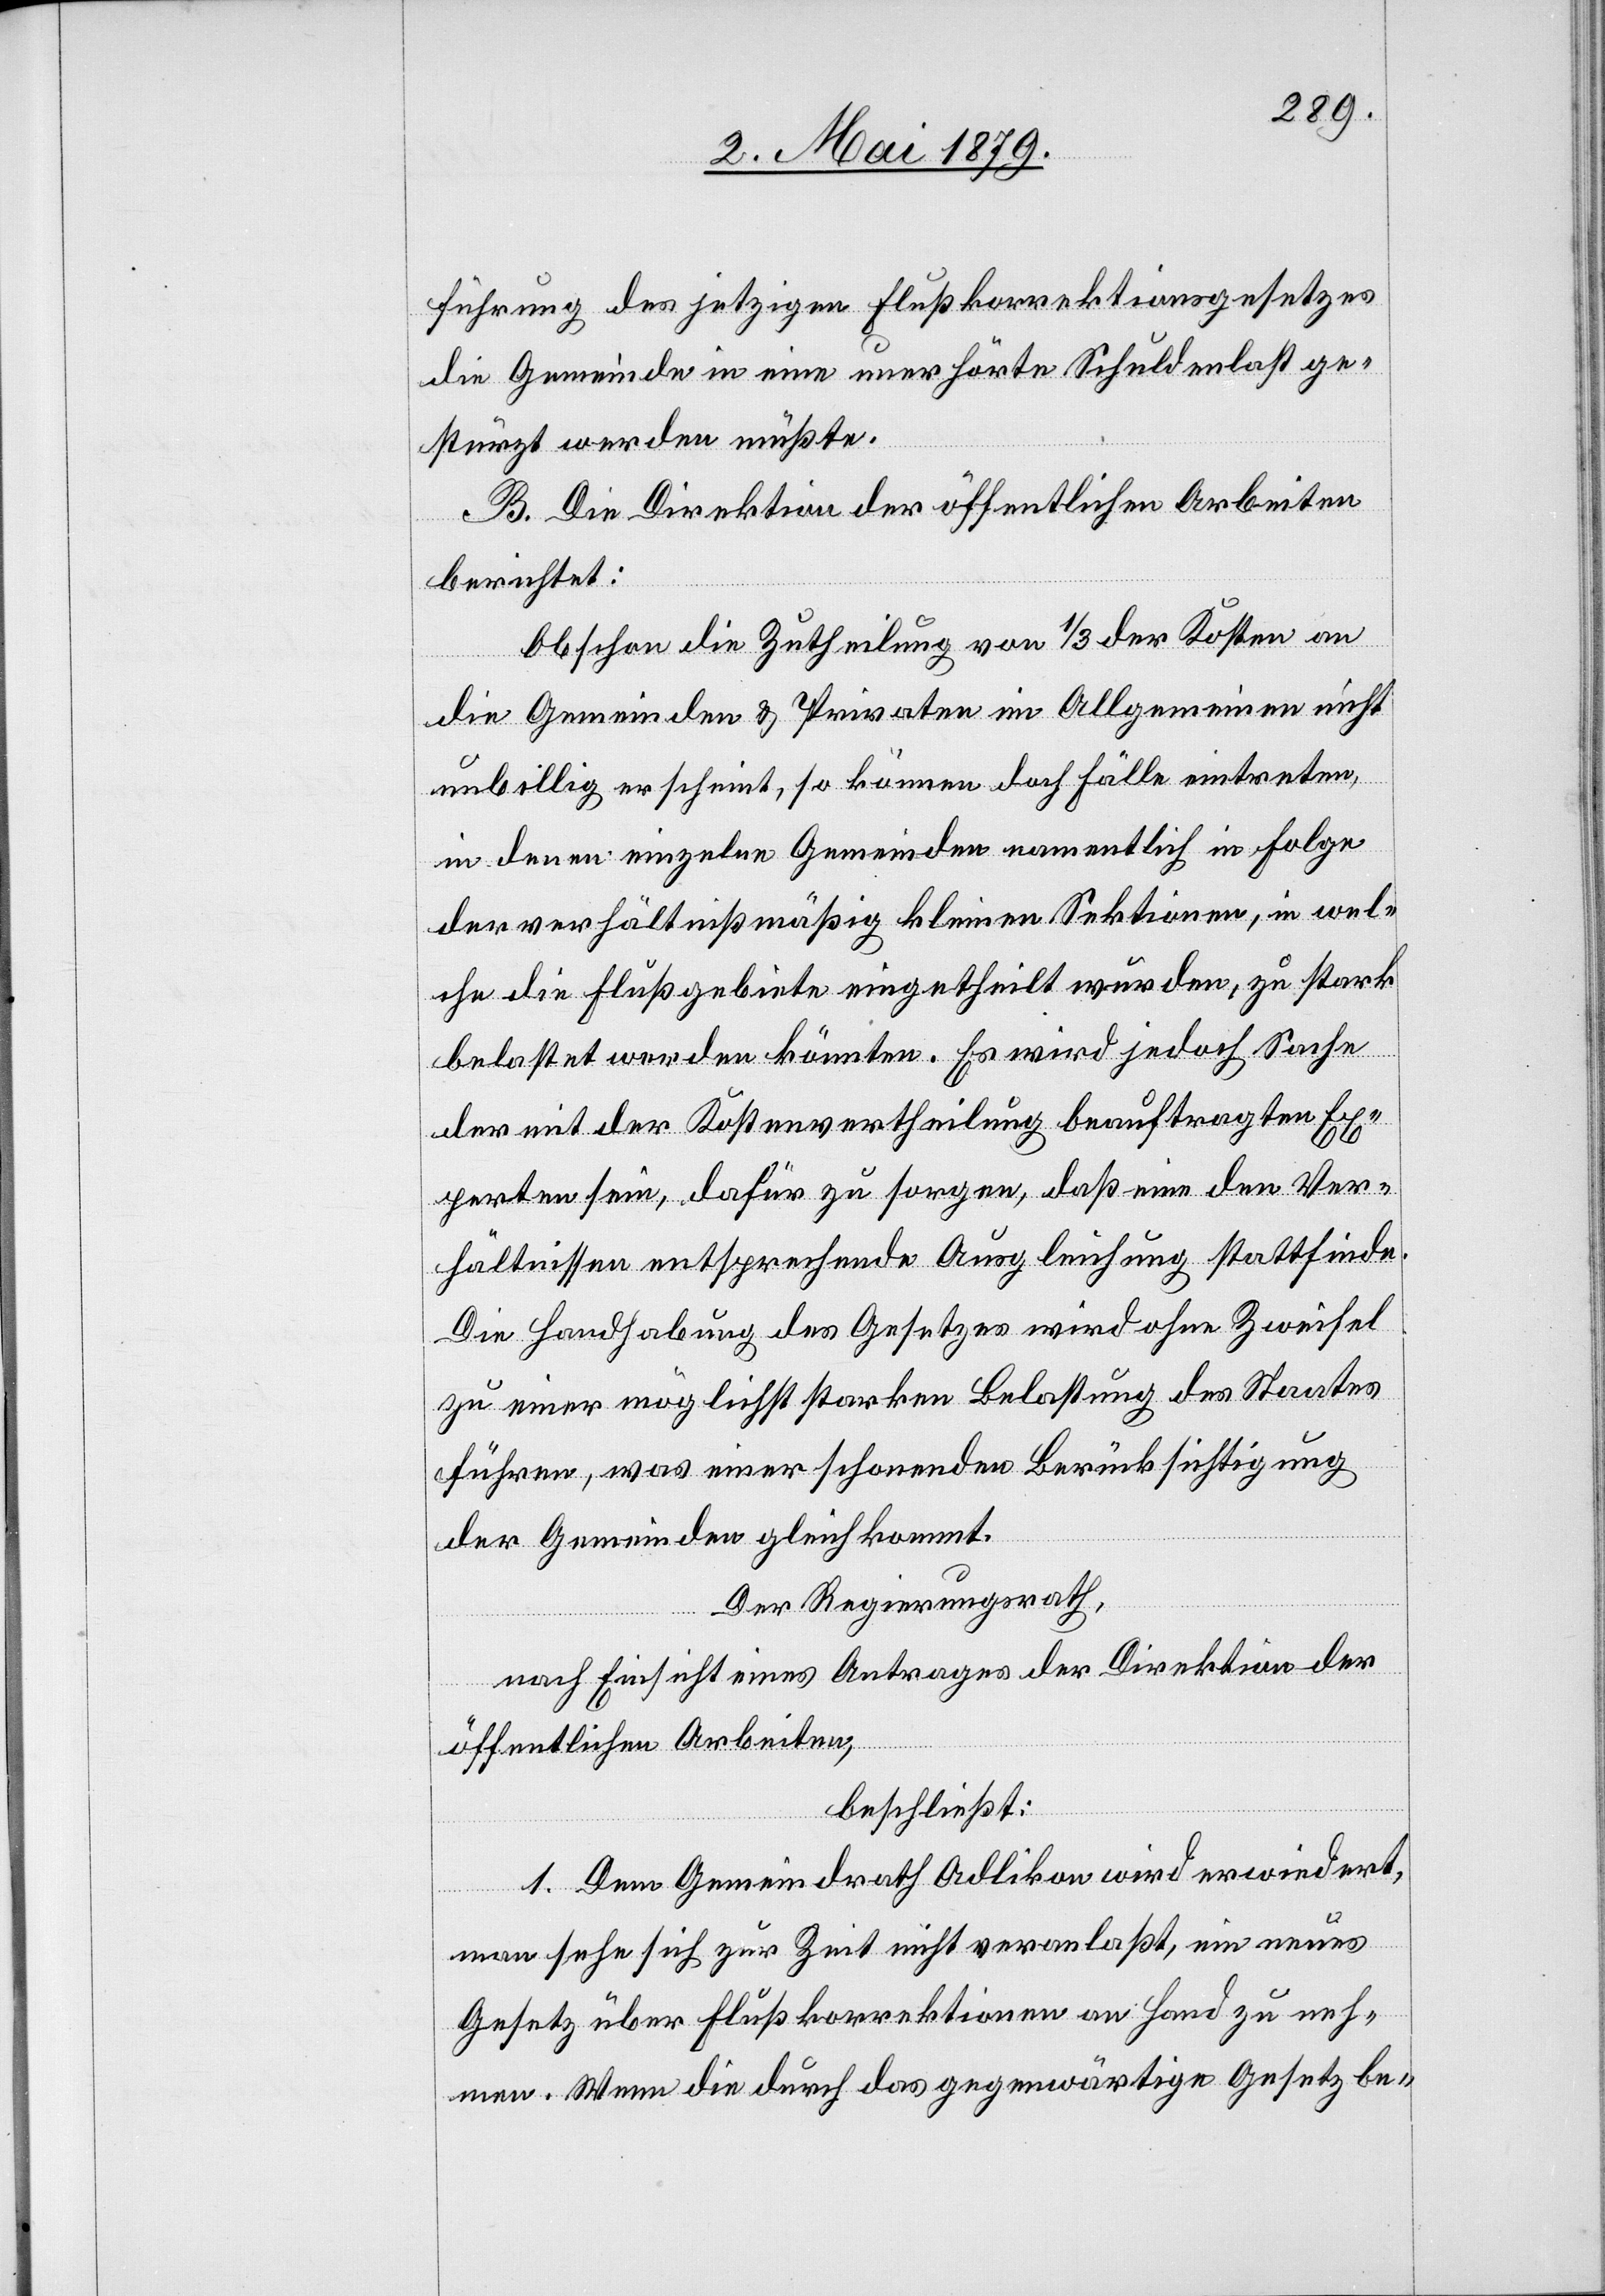
führung des jetzigen Flußkorrektionsgesetzes
die Gemeinde in eine unerhörte Schuldenlast ge¬
stürzt werden müßte.
B. Die Direktion der öffentlichen Arbeiten
berichtet:
Obschon die Zutheilung von 1/3 der Kosten an
die Gemeinden & Privaten im Allgemeinen nicht
unbillig erscheint, so können doch Fälle eintreten,
in denen einzelne Gemeinden namentlich in Folge
der verhältnißmäßig kleinen Sektionen, in wel¬
che die Flußgebiete eingetheilt wurden, zu stark
belastet werden könnten. Es wird jedoch Sache
der mit der Kostenvertheilung beauftragten Ex¬
perten sein, dafür zu sorgen, daß eine den Ver¬
hältnissen entsprechende Ausgleichung stattfinde.
Die Handhabung des Gesetzes wird ohne Zweifel
zu einer möglichst starken Belastung des Staates
führen, was einer schonenden Berücksichtigung
der Gemeinden gleichkommt.
Der Regierungsrath,
nach Einsicht eines Antrages der Direktion der
öffentlichen Arbeiten,
beschließt:
1. Dem Gemeindrath Adlikon wird erwiedert,
man sehe sich zur Zeit nicht veranlaßt, ein neues
Gesetz über Flußkorrektionen an Hand zu neh¬
men. Wenn die durch das gegenwärtige Gesetz be-